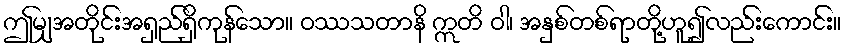
ဤမျှအတိုင်းအရှည်ရှိကုန်သော။ ဝဿသတာနိ ဣတိ ဝါ၊ အနှစ်တစ်ရာတို့ဟူ၍လည်းကောင်း။